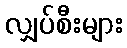
လျှပ်စီးများ